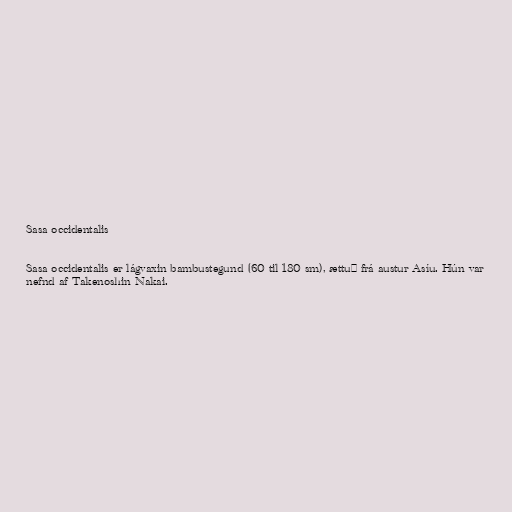
Sasa occidentalis

Sasa occidentalis er lágvaxin bambustegund (60 til 180 sm), ættuð frá austur Asíu. Hún var
nefnd af Takenoshin Nakai.